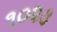
૧૦૨૩